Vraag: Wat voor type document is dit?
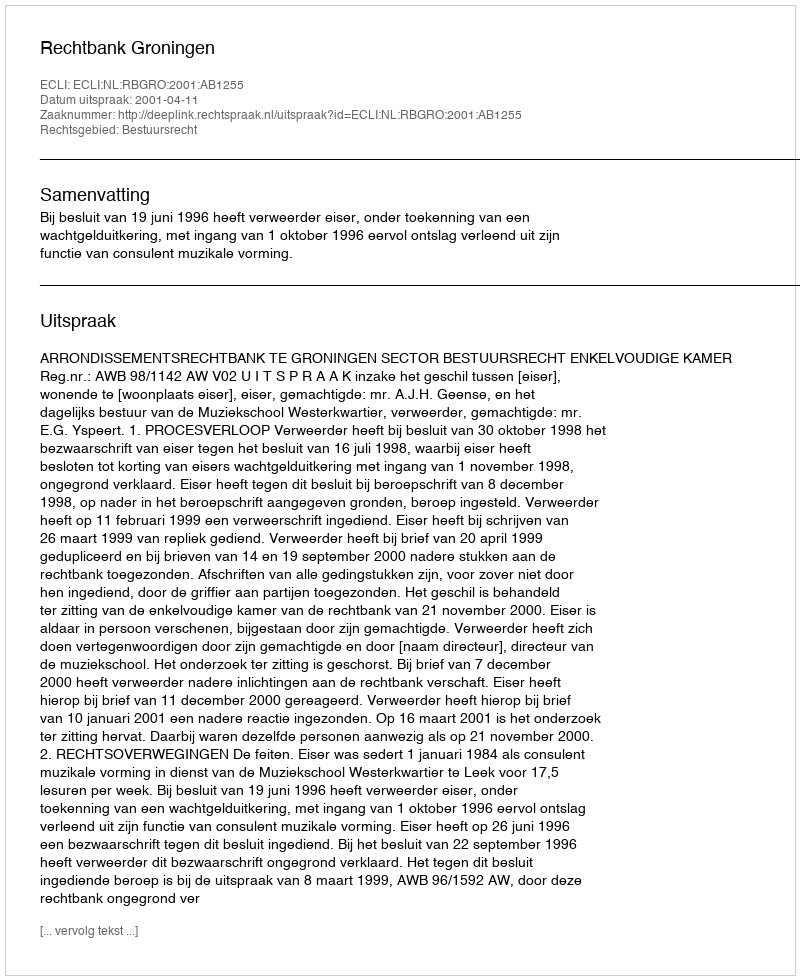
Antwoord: Uitspraak